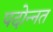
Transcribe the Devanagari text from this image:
पदोन्‍नत